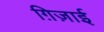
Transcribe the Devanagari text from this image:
ग़िज़ाई